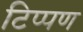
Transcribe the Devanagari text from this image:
टिप्‍पण